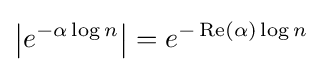
\left|e^{-\alpha \log n}\right|=e^{-\operatorname {Re} (\alpha )\log n}